Black-water fever - Number 35
Disease focus: Fever
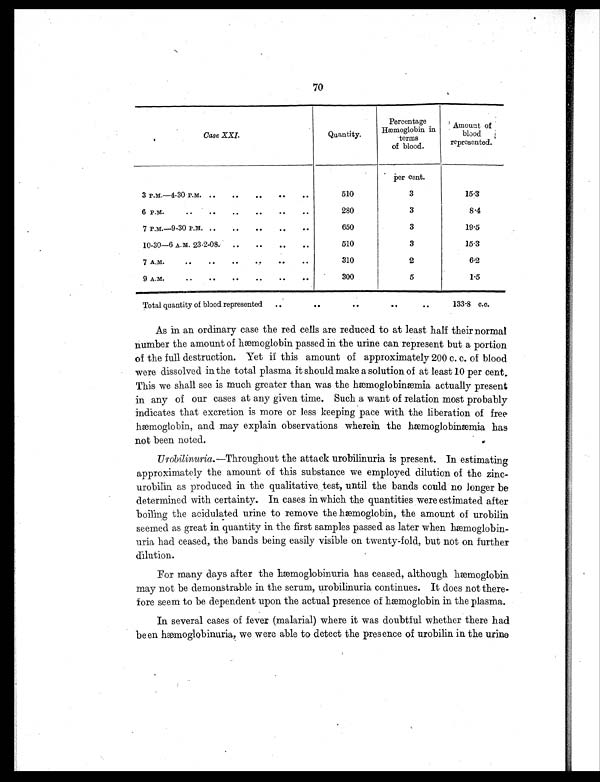
70
Case XXI.
Quantity.
Percentage Hæmoglobin in
terms
of blood.
Amount of
blood
represented.
per cent.
3 P.M.—4-30 P.M. ..
..
..
..
..
510
3
15.3
6 P.M.
..
..
..
..
..
..
280
3
8.4
7 P.M.—9-30 P.M. ..
..
..
..
..
650
3
19.5
10-30—6 A.M. 23-2-08. ..
..
..
..
510
3
15.3
7 A.M.
..
..
..
..
..
310
2
6.2
9 A.M.
..
..
..
..
..
..
300
5
1.5
Total quantity of blood represented ..
..
..
..
..
133.8 c.c.
As in an ordinary case the red cells are reduced to at least half their normal
number the amount of hæmoglobin passed in the urine can represent but a portion
of the full destruction. Yet if this amount of approximately 200 c. c. of blood
were dissolved in the total plasma it should make a solution of at least 10 per cent.
This we shall see is much greater than was the hæmoglobinæmia actually present
in any of our cases at any given time. Such a want of relation most probably
indicates that excretion is more or less keeping pace with the liberation of free
Hæmoglobin, and may explain observations wherein the hæmoglobinæmia has
not been noted.
Urobilinuria.—Throughout the attack urobilinuria is present. In estimating
approximately the amount of this substance we employed dilution of the zinc-
urobilin as produced in the qualitative test, until the bands could no longer be
determined with certainty. In cases in which the quantities were estimated after
boiling the acidulated urine to remove the hæmoglobin, the amount of urobilin
seemed as great in quantity in the first samples passed as later when hæmoglobin-
uria had ceased, the bands being easily visible on twenty-fold, but not on further
dilution.
For many days after the hæmoglobinuria has ceased, although hæmoglobin
may not be demonstrable in the serum, urobilinuria continues. It does not there-
fore seem to be dependent upon the actual presence of hæmoglobin in the plasma.
In several cases of fever (malarial) where it was doubtful whether there had
been hæmoglobinuria, we were able to detect the presence of urobilin in the urine